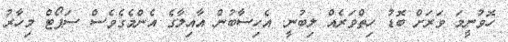
ހޮވުނީމަ ވަރަށް ބޮޑު ހިތްވަރެއް ލިބުނީ. އެހިސާބުން އާއިލާގެ އެންމެގެވެސް ސަޕޯޓް މިހާރު